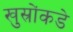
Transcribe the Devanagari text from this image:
खुस्रोंकडे